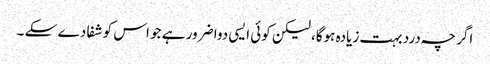
اگر چہ درد بہت زیادہ ہوگا، لیکن کوئی ایسی دوا ضرور ہے جو اس کو شفا دے سکے ۔